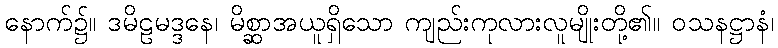
နောက်၌။ ဒမိဠမဒ္ဒနေ၊ မိစ္ဆာအယူရှိသော ကျည်းကုလားလူမျိုးတို့၏။ ဝသနဋ္ဌာနံ၊